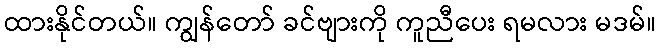
ထားနိုင်တယ်။ ကျွန်တော် ခင်ဗျားကို ကူညီပေး ရမလား မဒမ်။